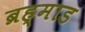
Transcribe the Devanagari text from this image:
ब्रह्माड